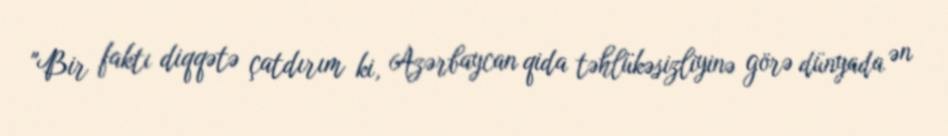
"Bir faktı diqqətə çatdırım ki, Azərbaycan qida təhlükəsizliyinə görə dünyada ən